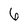
Character: 6